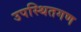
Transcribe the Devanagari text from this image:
उपस्थितगण